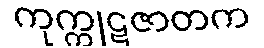
ကုက္ကုဋဇာတက